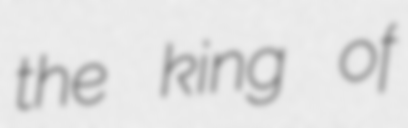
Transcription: the king of